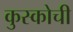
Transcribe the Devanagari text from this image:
कुस्कोची